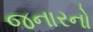
જનારનો